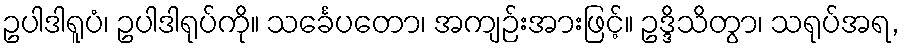
ဥပါဒါရူပံ၊ ဥပါဒါရုပ်ကို။ သင်္ခေပတော၊ အကျဉ်းအားဖြင့်။ ဥဒ္ဒိသိတွာ၊ သရုပ်အရ,